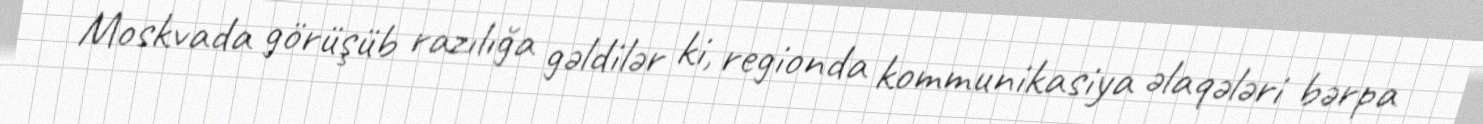
Moskvada görüşüb razılığa gəldilər ki, regionda kommunikasiya əlaqələri bərpa